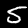
Digit: 5